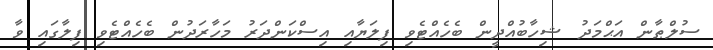
ސުލްޠާން އަޙްމަދު ޝިހާބުއްދީން ބެހެއްޓެވި ފިލަޔާއި އިސްކަންދަރު މަހާރަދުން ބެހެއްޓެވި ފިލާގައި ވާ